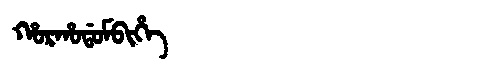
Manchu: ᡥᠣᡵᡥᠣᡩᠣᠮᠪᡳᡥᡝ
Romanization: HORHODOMBIHE